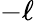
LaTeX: -\ell